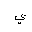
Letter: _ya